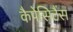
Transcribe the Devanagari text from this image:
कैपेसिटैंस